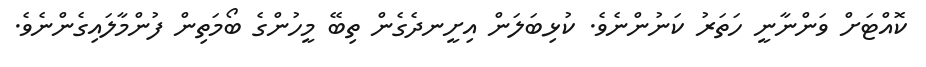
ކޮއްޓަށް ވަންނާނީ ހަތަރު ކަނުންނެވެ. ކުޅިބަލަން އިށީނދެގެން ތިބޭ މީހުންގެ ބޯމަތިން ފުންމާލައިގެންނެވެ.